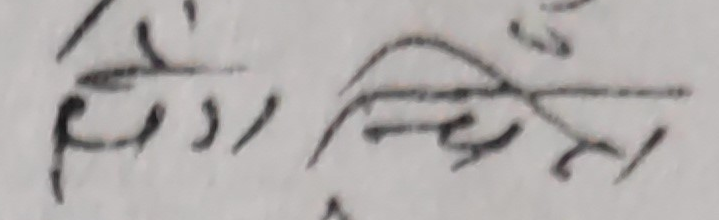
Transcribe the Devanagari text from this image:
प्रेम जिम्मेला